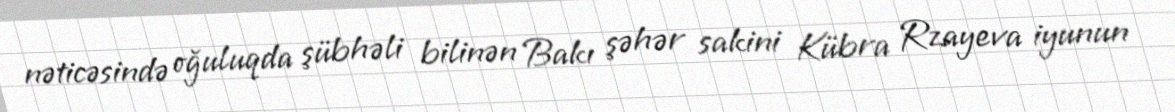
nəticəsində oğuluqda şübhəli bilinən Bakı şəhər sakini Kübra Rzayeva iyunun